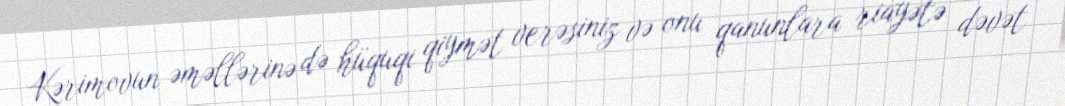
Kərimovun əməllərinə də hüquqi qiymət verəsiniz və onu qanunlara riayətə dəvət